Insane asylums in Bengal annual reports 1867-1875 - 1867-1875
Year: 1867
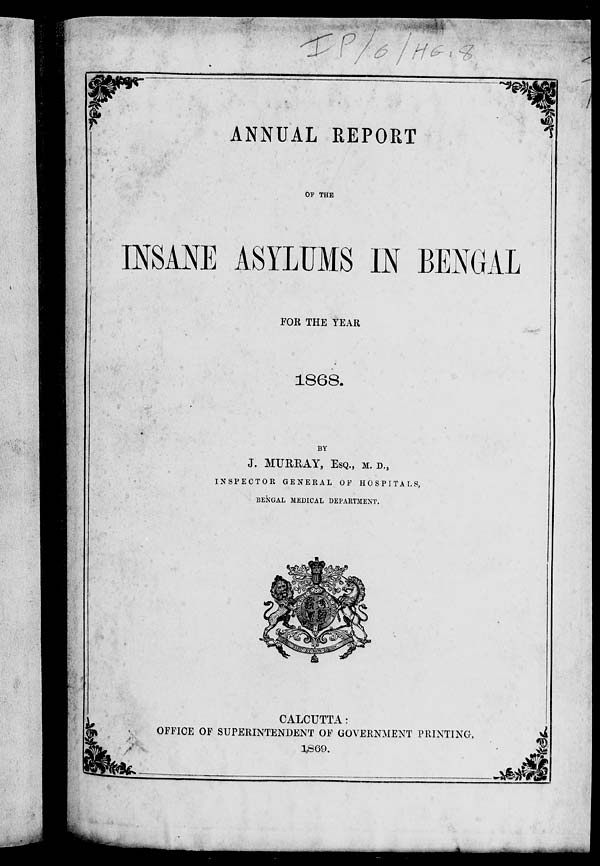
ANNUAL REPORT
OF THE
INSANE ASYLUMS IN BENGAL
FOR THE YEAR
1868.
BY
J. MURRAY, ESQ., M. D.,
INSPECTOR GENERAL OF HOSPITALS,
BENGAL MEDICAL DEPARTMENT.
CALCUTTA:
OFFICE OF SUPERINTENDENT OF GOVERNMENT PRINTING.
1869.